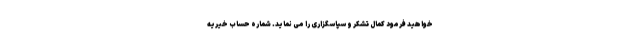
خواهید فرمود کمال تشکر و سپاسگزاری را می نماید. شماره حساب خیریه